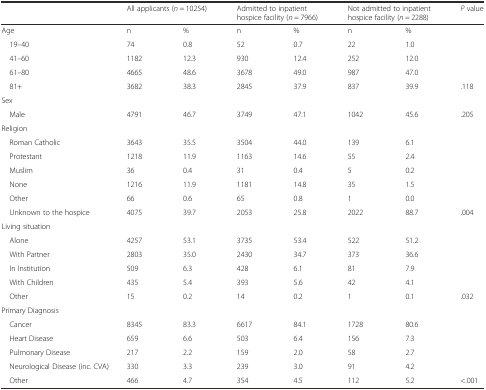
<table><thead><tr><td></td><td colspan="2"><b>All applicants (<i>n</i> = 10254)</b></td><td colspan="2"><b>Admitted to inpatient hospice facility (<i>n</i> = 7966)</b></td><td colspan="2"><b>Not admitted to inpatient hospice facility (<i>n</i> = 2288)</b></td><td><b><i>P</i> value</b></td></tr></thead><tbody><tr><td>Age</td><td>n</td><td>%</td><td>n</td><td>%</td><td>n</td><td>%</td><td></td></tr><tr><td> 19–40</td><td>74</td><td>0.8</td><td>52</td><td>0.7</td><td>22</td><td>1.0</td><td></td></tr><tr><td> 41–60</td><td>1182</td><td>12.3</td><td>930</td><td>12.4</td><td>252</td><td>12.0</td><td></td></tr><tr><td> 61–80</td><td>4665</td><td>48.6</td><td>3678</td><td>49.0</td><td>987</td><td>47.0</td><td></td></tr><tr><td> 81+</td><td>3682</td><td>38.3</td><td>2845</td><td>37.9</td><td>837</td><td>39.9</td><td>.118</td></tr><tr><td>Sex</td><td></td><td></td><td></td><td></td><td></td><td></td><td></td></tr><tr><td> Male</td><td>4791</td><td>46.7</td><td>3749</td><td>47.1</td><td>1042</td><td>45.6</td><td>.205</td></tr><tr><td>Religion</td><td></td><td></td><td></td><td></td><td></td><td></td><td></td></tr><tr><td> Roman Catholic</td><td>3643</td><td>35.5</td><td>3504</td><td>44.0</td><td>139</td><td>6.1</td><td></td></tr><tr><td> Protestant</td><td>1218</td><td>11.9</td><td>1163</td><td>14.6</td><td>55</td><td>2.4</td><td></td></tr><tr><td> Muslim</td><td>36</td><td>0.4</td><td>31</td><td>0.4</td><td>5</td><td>0.2</td><td></td></tr><tr><td> None</td><td>1216</td><td>11.9</td><td>1181</td><td>14.8</td><td>35</td><td>1.5</td><td></td></tr><tr><td> Other</td><td>66</td><td>0.6</td><td>65</td><td>0.8</td><td>1</td><td>0.0</td><td></td></tr><tr><td> Unknown to the hospice</td><td>4075</td><td>39.7</td><td>2053</td><td>25.8</td><td>2022</td><td>88.7</td><td>.004</td></tr><tr><td>Living situation</td><td></td><td></td><td></td><td></td><td></td><td></td><td></td></tr><tr><td> Alone</td><td>4257</td><td>53.1</td><td>3735</td><td>53.4</td><td>522</td><td>51.2</td><td></td></tr><tr><td> With Partner</td><td>2803</td><td>35.0</td><td>2430</td><td>34.7</td><td>373</td><td>36.6</td><td></td></tr><tr><td> In Institution</td><td>509</td><td>6.3</td><td>428</td><td>6.1</td><td>81</td><td>7.9</td><td></td></tr><tr><td> With Children</td><td>435</td><td>5.4</td><td>393</td><td>5.6</td><td>42</td><td>4.1</td><td></td></tr><tr><td> Other</td><td>15</td><td>0.2</td><td>14</td><td>0.2</td><td>1</td><td>0.1</td><td>.032</td></tr><tr><td>Primary Diagnosis</td><td></td><td></td><td></td><td></td><td></td><td></td><td></td></tr><tr><td> Cancer</td><td>8345</td><td>83.3</td><td>6617</td><td>84.1</td><td>1728</td><td>80.6</td><td></td></tr><tr><td> Heart Disease</td><td>659</td><td>6.6</td><td>503</td><td>6.4</td><td>156</td><td>7.3</td><td></td></tr><tr><td> Pulmonary Disease</td><td>217</td><td>2.2</td><td>159</td><td>2.0</td><td>58</td><td>2.7</td><td></td></tr><tr><td> Neurological Disease (inc. CVA)</td><td>330</td><td>3.3</td><td>239</td><td>3.0</td><td>91</td><td>4.2</td><td></td></tr><tr><td> Other</td><td>466</td><td>4.7</td><td>354</td><td>4.5</td><td>112</td><td>5.2</td><td>&lt;.001</td></tr></tbody></table>